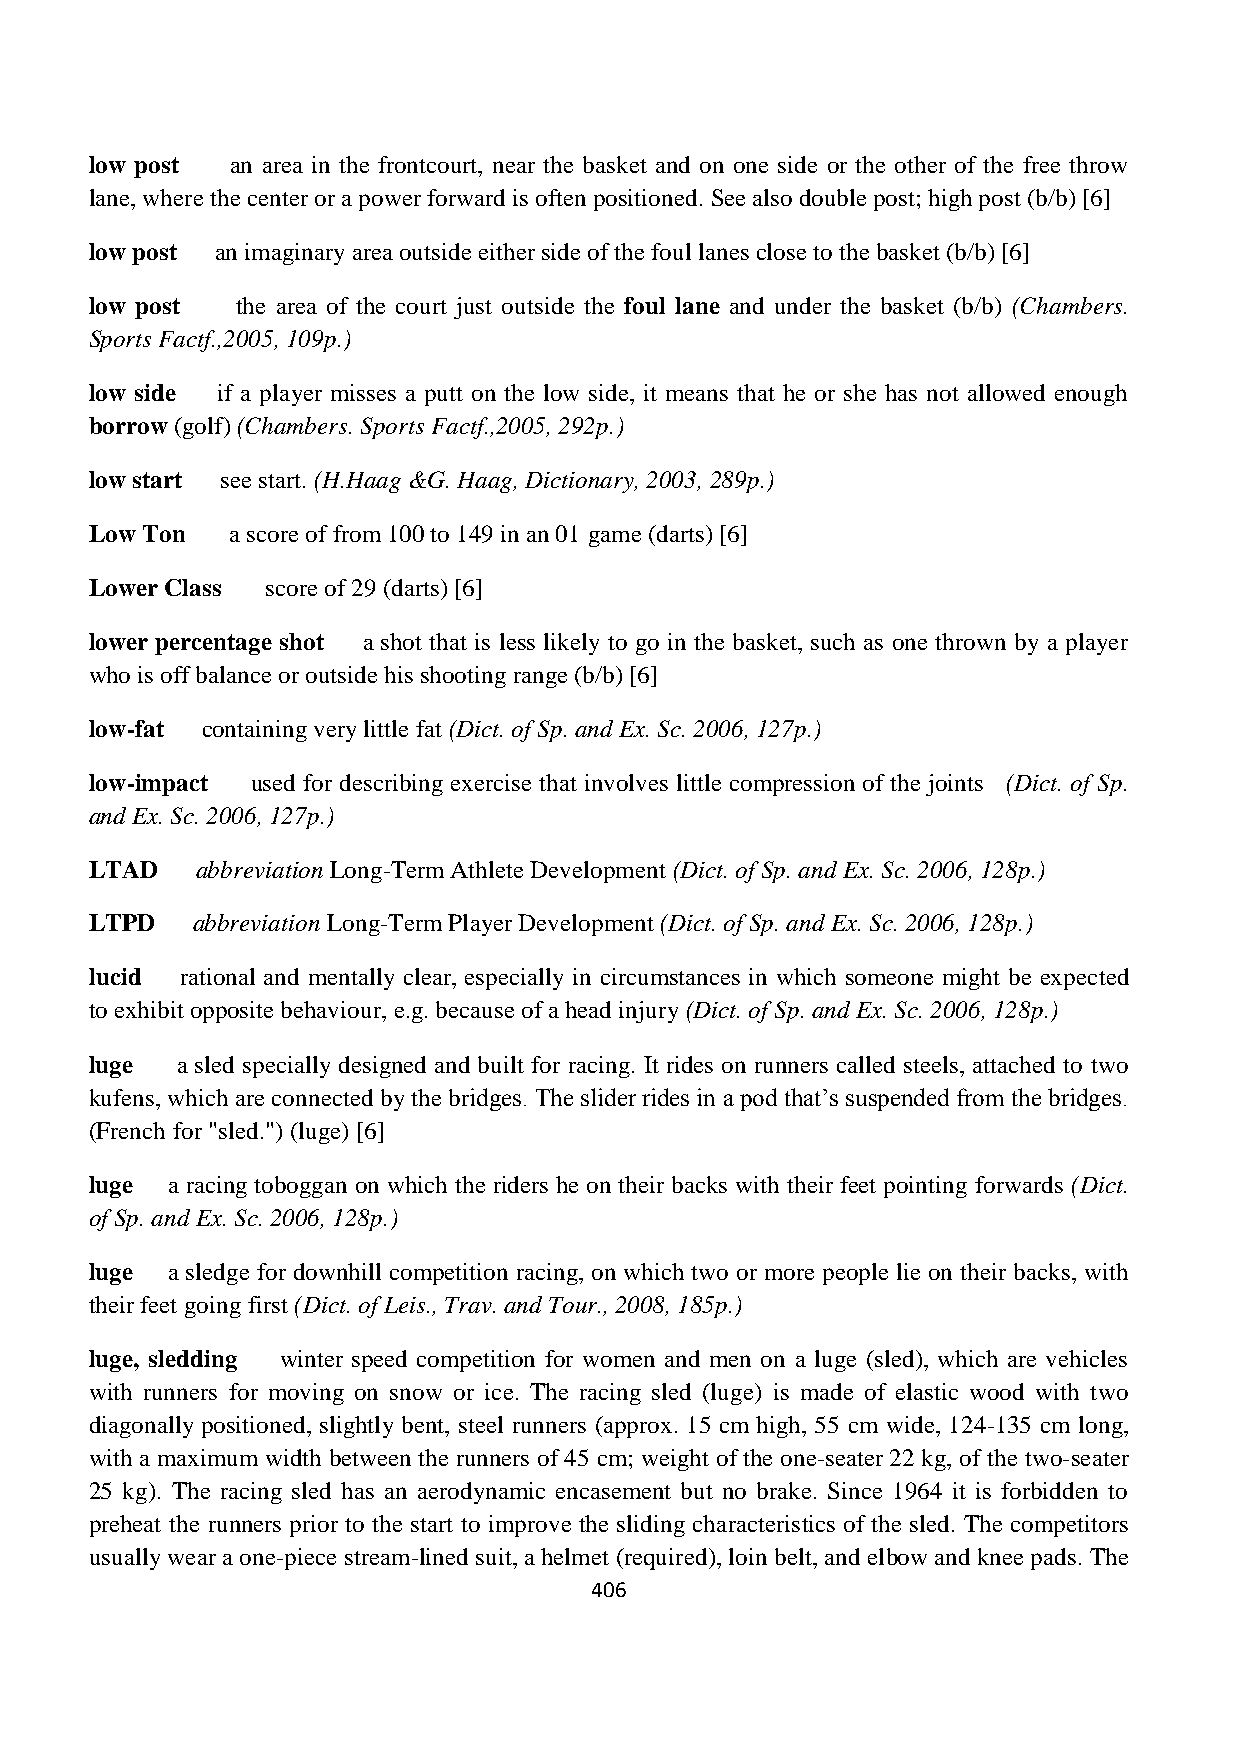
low post an area in the frontcourt, near the basket and on one side or the other of the free throw
 lane, where the center or a power forward is often positioned. See also double post; high post (b/b) [6]
 low post an imaginary area outside either side of the foul lanes close to the basket (b/b) [6]
 low post  the area of the court just outside the foul lane and under the basket (b/b) (Chambers.
 Sports Factf.,2005, 109p.)
 low side if a player misses a putt on the low side, it means that he or she has not allowed enough
 borrow (golf) (Chambers. Sports Factf.,2005, 292p.)
 low start see start. (H.Haag &G. Haag, Dictionary, 2003, 289p.)
 Low Ton  a score of from 100 to 149 in an 01 game (darts) [6]
 Lower Class score of 29 (darts) [6]
 lower percentage shot a shot that is less likely to go in the basket, such as one thrown by a player
 who is off balance or outside his shooting range (b/b) [6]
 low-fat containing very little fat (Dict. of Sp. and Ex. Sc. 2006, 127p.)
 low-impact used for describing exercise that involves little compression of the joints (Dict. of Sp.
 and Ex. Sc. 2006, 127p.)
 LTAD   abbreviation Long-Term Athlete Development (Dict. of Sp. and Ex. Sc. 2006, 128p.)
 LTPD   abbreviation Long-Term Player Development (Dict. of Sp. and Ex. Sc. 2006, 128p.)
 lucid rational and mentally clear, especially in circumstances in which someone might be expected
 to exhibit opposite behaviour, e.g. because of a head injury (Dict. of Sp. and Ex. Sc. 2006, 128p.)
 luge  a sled specially designed and built for racing. It rides on runners called steels, attached to two
 kufens, which are connected by the bridges. The slider rides in a pod that‟s suspended from the bridges.
 (French for "sled.") (luge) [6]
 luge a racing toboggan on which the riders he on their backs with their feet pointing forwards (Dict.
 of Sp. and Ex. Sc. 2006, 128p.)
 luge a sledge for downhill competition racing, on which two or more people lie on their backs, with
 their feet going first (Dict. of Leis., Trav. and Tour., 2008, 185p.)
 luge, sledding winter speed competition for women and men on a luge (sled), which are vehicles
 with runners for moving on snow or ice. The racing sled (luge) is made of elastic wood with two
 diagonally positioned, slightly bent, steel runners (approx. 15 cm high, 55 cm wide, 124-135 cm long,
 with a maximum width between the runners of 45 cm; weight of the one-seater 22 kg, of the two-seater
 25 kg). The racing sled has an aerodynamic encasement but no brake. Since 1964 it is forbidden to
 preheat the runners prior to the start to improve the sliding characteristics of the sled. The competitors
 usually wear a one-piece stream-lined suit, a helmet (required), loin belt, and elbow and knee pads. The
 406